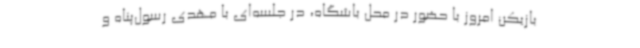
بازیکن امروز با حضور در محل باشگاه، در جلسه‌ای با مهدی رسول‌پناه و